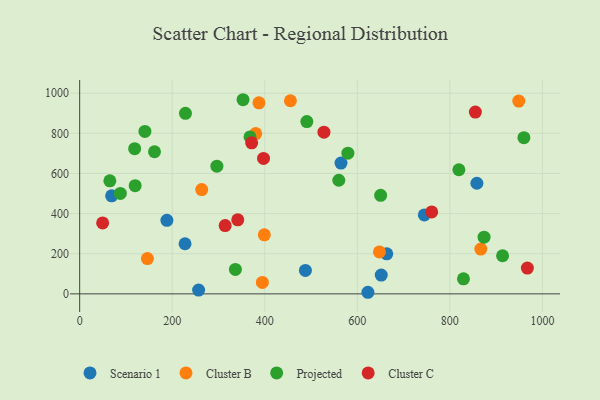
{"axis": {"x": "Engine Size", "y": "Rating"}, "legend": ["Cluster B", "Cluster C", "Projected", "Scenario 1"], "data": [{"x": "69.1", "y": 488.3, "type": "Scenario 1"}, {"x": "622.9", "y": 7.9, "type": "Scenario 1"}, {"x": "663.6", "y": 199.7, "type": "Scenario 1"}, {"x": "564.7", "y": 651.5, "type": "Scenario 1"}, {"x": "858.4", "y": 551.2, "type": "Scenario 1"}, {"x": "257.0", "y": 18.7, "type": "Scenario 1"}, {"x": "651.7", "y": 93.8, "type": "Scenario 1"}, {"x": "744.8", "y": 393.5, "type": "Scenario 1"}, {"x": "487.8", "y": 116.8, "type": "Scenario 1"}, {"x": "227.7", "y": 249.8, "type": "Scenario 1"}, {"x": "188.5", "y": 366.3, "type": "Scenario 1"}, {"x": "263.7", "y": 519.6, "type": "Cluster B"}, {"x": "387.4", "y": 951.7, "type": "Cluster B"}, {"x": "866.9", "y": 223.2, "type": "Cluster B"}, {"x": "146.4", "y": 175.7, "type": "Cluster B"}, {"x": "948.9", "y": 960.8, "type": "Cluster B"}, {"x": "380.4", "y": 798.8, "type": "Cluster B"}, {"x": "399.0", "y": 294.0, "type": "Cluster B"}, {"x": "394.8", "y": 57.2, "type": "Cluster B"}, {"x": "455.4", "y": 962.3, "type": "Cluster B"}, {"x": "647.8", "y": 209.1, "type": "Cluster B"}, {"x": "579.6", "y": 700.9, "type": "Projected"}, {"x": "119.9", "y": 539.0, "type": "Projected"}, {"x": "353.0", "y": 967.3, "type": "Projected"}, {"x": "141.0", "y": 809.5, "type": "Projected"}, {"x": "87.9", "y": 500.5, "type": "Projected"}, {"x": "118.8", "y": 723.2, "type": "Projected"}, {"x": "368.1", "y": 782.0, "type": "Projected"}, {"x": "650.4", "y": 490.8, "type": "Projected"}, {"x": "490.9", "y": 858.6, "type": "Projected"}, {"x": "228.6", "y": 899.3, "type": "Projected"}, {"x": "560.0", "y": 566.0, "type": "Projected"}, {"x": "913.9", "y": 189.9, "type": "Projected"}, {"x": "161.7", "y": 708.2, "type": "Projected"}, {"x": "296.5", "y": 636.4, "type": "Projected"}, {"x": "336.5", "y": 122.0, "type": "Projected"}, {"x": "65.2", "y": 563.1, "type": "Projected"}, {"x": "960.0", "y": 778.0, "type": "Projected"}, {"x": "873.9", "y": 282.2, "type": "Projected"}, {"x": "819.5", "y": 618.5, "type": "Projected"}, {"x": "829.4", "y": 74.8, "type": "Projected"}, {"x": "855.1", "y": 905.8, "type": "Cluster C"}, {"x": "49.6", "y": 353.4, "type": "Cluster C"}, {"x": "527.9", "y": 805.5, "type": "Cluster C"}, {"x": "314.4", "y": 340.0, "type": "Cluster C"}, {"x": "967.5", "y": 128.6, "type": "Cluster C"}, {"x": "760.7", "y": 408.1, "type": "Cluster C"}, {"x": "341.6", "y": 368.9, "type": "Cluster C"}, {"x": "371.7", "y": 752.5, "type": "Cluster C"}, {"x": "397.3", "y": 674.9, "type": "Cluster C"}]}